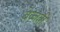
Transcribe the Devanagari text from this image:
बेज्जती